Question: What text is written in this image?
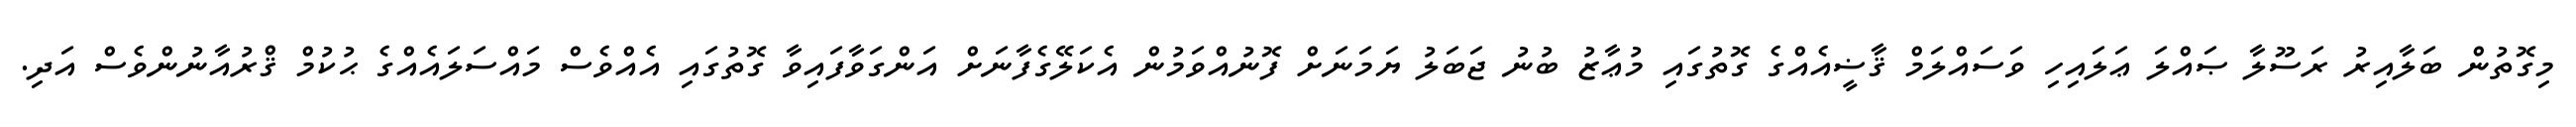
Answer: މިގޮތުން ބަލާއިރު ރަސޫލާ ޞައްލަ ޢަލައިހި ވަސައްލަމް ޤާޟީއެއްގެ ގޮތުގައި މުޢާޒު ބުނު ޖަބަލު ޔަމަނަށް ފޮނުއްވަމުން އެކަލޭގެފާނަށް އަންގަވާފައިވާ ގޮތުގައި އެއްވެސް މައްސަލައެއްގެ ޙުކުމް ޤްރުއާނުންވެސް އަދި.